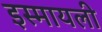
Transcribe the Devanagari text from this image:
इस्मायली